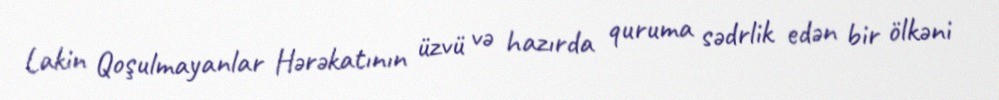
Lakin Qoşulmayanlar Hərəkatının üzvü və hazırda quruma sədrlik edən bir ölkəni